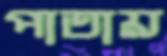
পাতায়